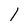
Character: I